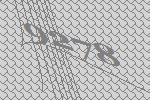
9278